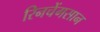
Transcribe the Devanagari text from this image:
रिनचेंगसान